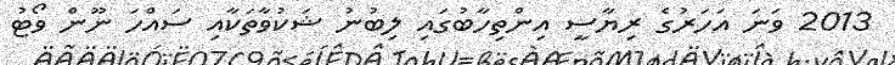
2013 ވަނަ އަހަރުގެ ރިޔާސީ އިންތިހާބުގައި ލިބުނު ޝަކުވާތަކާއި ސައްހަ ނޫން ވޯޓު